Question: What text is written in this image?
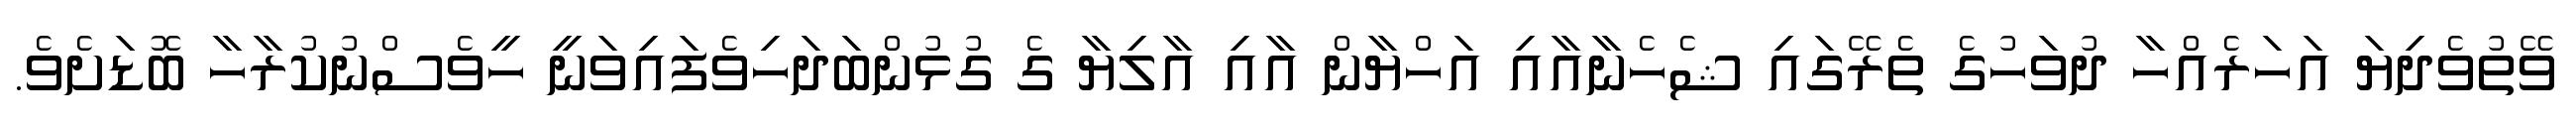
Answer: ވޭތުވެދިޔަ އަހަރެއްހާ ދުވަހުގެ ތެރޭގައި ޝެހެނާއާއި އަހްޔާން އާއި އާލިޔާ ގެ ގުޅުންބަދަހިވެފައިވަނީ ހީވެސްނުކުރާހާ ބޮޑަށެވެ.